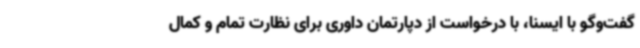
گفت‌وگو با ایسنا، با درخواست از دپارتمان داوری برای نظارت تمام و کمال